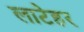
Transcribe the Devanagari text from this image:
लाटेहर